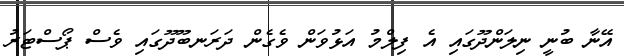
އޭނާ ބުނީ ނިލަންދޫގައި އެ ފިލްމު އަޅުވަން ވެގެން ދަރަނބޫދޫގައި ވެސް ޕޯސްޓަރު